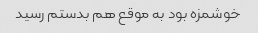
خوشمزه بود به موقع هم بدستم رسید